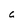
Character: c